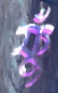
ফুঁ